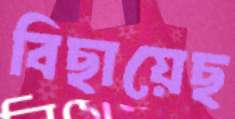
বিছায়েছ